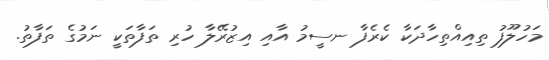
މަހުލޫފު ތިއިއްތިހާދަކާ ކެރެފާ ނސީމު އާއި އިޒުރޭލާ ހުރި ތަފާތަކީ ނަމުގެ ތަފާތު.